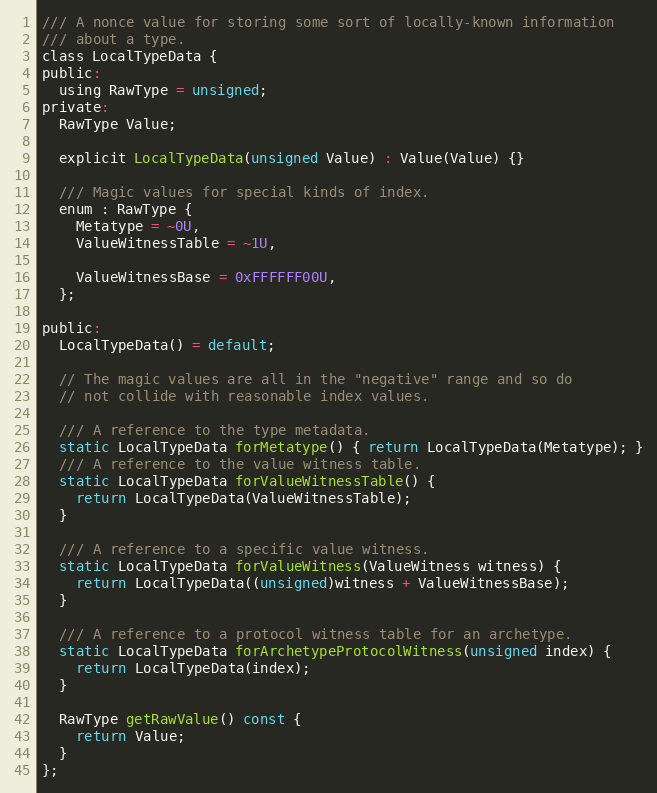
Language: C
/// A nonce value for storing some sort of locally-known information
/// about a type.
class LocalTypeData {
public:
  using RawType = unsigned;
private:
  RawType Value;

  explicit LocalTypeData(unsigned Value) : Value(Value) {}

  /// Magic values for special kinds of index.
  enum : RawType {
    Metatype = ~0U,
    ValueWitnessTable = ~1U,

    ValueWitnessBase = 0xFFFFFF00U,
  };

public:
  LocalTypeData() = default;

  // The magic values are all in the "negative" range and so do
  // not collide with reasonable index values.

  /// A reference to the type metadata.
  static LocalTypeData forMetatype() { return LocalTypeData(Metatype); }
  /// A reference to the value witness table.
  static LocalTypeData forValueWitnessTable() {
    return LocalTypeData(ValueWitnessTable);
  }

  /// A reference to a specific value witness.
  static LocalTypeData forValueWitness(ValueWitness witness) {
    return LocalTypeData((unsigned)witness + ValueWitnessBase);
  }

  /// A reference to a protocol witness table for an archetype.
  static LocalTypeData forArchetypeProtocolWitness(unsigned index) {
    return LocalTypeData(index);
  }

  RawType getRawValue() const {
    return Value;
  }
};